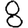
Digit: 8